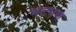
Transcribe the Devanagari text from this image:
भटपण